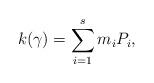
LaTeX: \begin{align*} k( \gamma ) = \sum_{i = 1}^s m_i P_i,\end{align*}